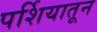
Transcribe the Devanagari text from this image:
पर्शियातून